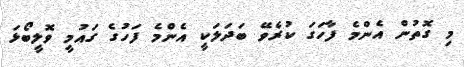
މި ގޮތުން އެންމެ ފާހަގަ ކުރެވޭ ބަދަލަކީ އެންމެ ފަހުގެ ގައުމީ ވޮލީބޯޅަ